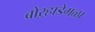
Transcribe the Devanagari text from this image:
बोऱ्हाडेमळा